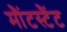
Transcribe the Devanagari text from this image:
मौंटस्टैंट